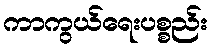
ကာကွယ်ရေးပစ္စည်း